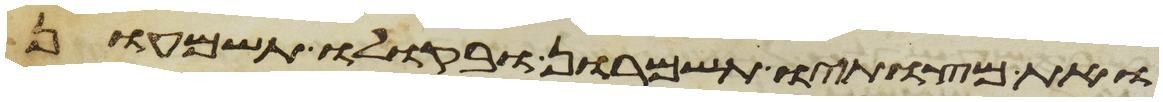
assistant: ואת מצותיו תשמרון ובקולו תשמעון